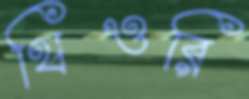
থিওরি